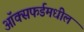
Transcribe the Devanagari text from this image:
ऑक्‍सफर्डमधील